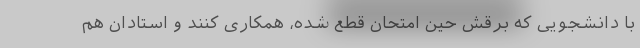
با دانشجویی که برقش حین امتحان قطع شده، همکاری کنند و استادان هم